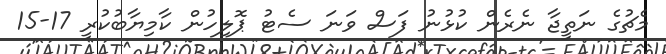
މެޗުގެ ނަތީޖާ ނެރެން ކުުޅުނު ފަސް ވަނަ ސެޓު ޕޮލިހުން ކާމިޔާބުކުރީ 17-15